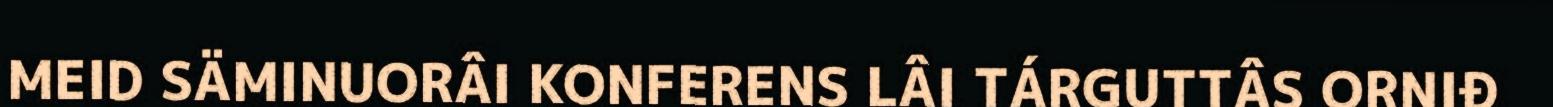
MEID SÄMINUORÂI KONFERENS LÂI TÁRGUTTÂS ORNIĐ